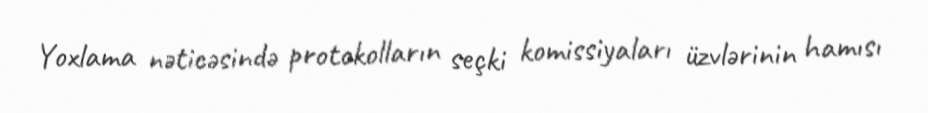
Yoxlama nəticəsində protokolların seçki komissiyaları üzvlərinin hamısı